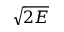
\sqrt { 2 E }